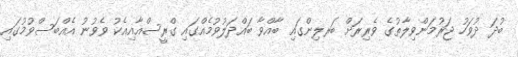
ބުދަ ދުވަހު ޖަރުމަންވިލާތުގެ ވެރިރަށް ބަރލިންގައި ބާއްވާ ބައްދަލުވުމެއްގައި ގްރީސްއާއިއެކު ވެވުނު އެއްބަސްވުމުގައި